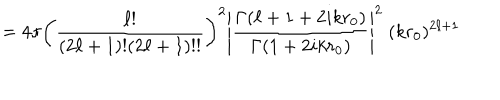
= 4 \pi \left( { \frac { \ell ! } { ( 2 \ell + 1 ) ! ( 2 \ell + 1 ) ! ! } } \right) ^ { 2 } \left| { \frac { \Gamma ( \ell + 1 + 2 i k r _ { 0 } ) } { \Gamma ( 1 + 2 i k r _ { 0 } ) } } \right| ^ { 2 } \; ( k r _ { 0 } ) ^ { 2 \ell + 1 }